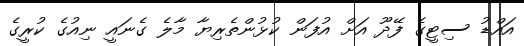
އައްޑު ސިޓީގެ ފޭދޫ އަށް އުފަން ކުޅުންތެރިޔާ މާލެ ގެނައީ ނިއުގެ ކުރީގެ